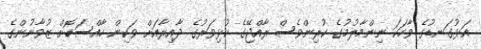
އަޅުގަނޑުގެ ވާހަކަ ނިންމާލުމުގެ ކުރިންވެސް ރާއްޖޭގެ ކުޅިވަރުގެ ދާއިރާއަށް ވަކިން ހާއްސަކޮށް ޒުވާނުންގެ